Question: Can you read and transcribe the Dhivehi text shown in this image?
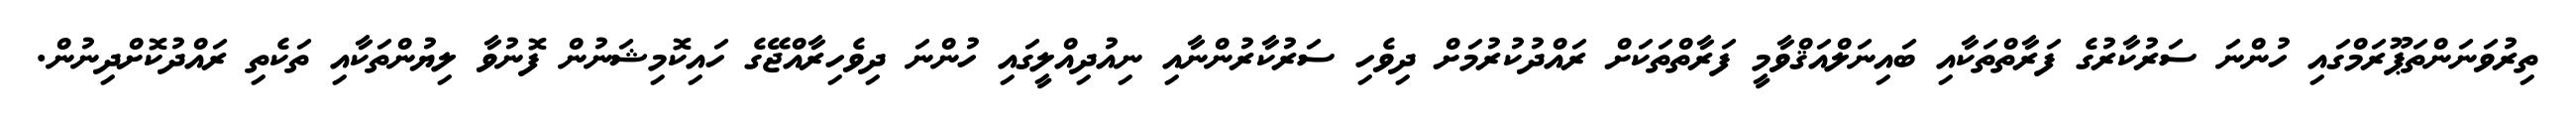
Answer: ތިރުވަނަންތަޕޫރަމްގައި ހުންނަ ސަރުކާރުގެ ފަރާތްތަކާއި ބައިނަލްއަޤްވާމީ ފަރާތްތަކަށް ރައްދުކުރުމަށް ދިވެހި ސަރުކާރުންނާއި ނިއުދިއްލީގައި ހުންނަ ދިވެހިރާއްޖޭގެ ހައިކޮމިޝަނުން ފޮނުވާ ލިޔުންތަކާއި ތަކެތި ރައްދުކޮށްދިނުން.